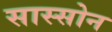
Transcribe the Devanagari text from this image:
सास्सोन